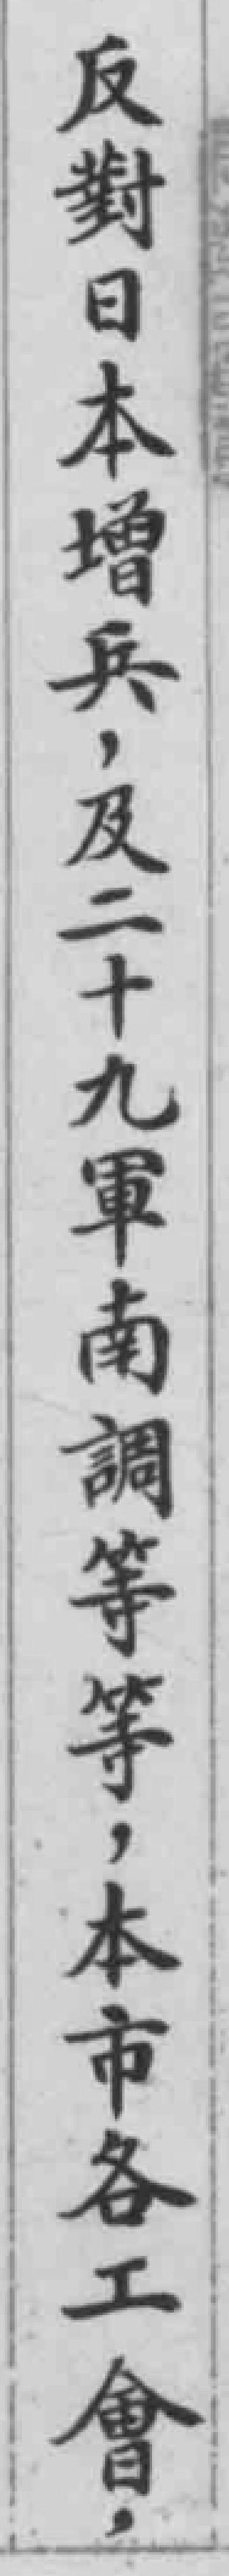
反對日本增兵，及二十九軍南調等等，本市各工會，